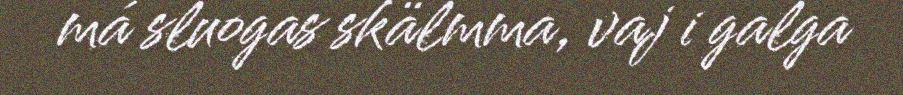
má sluogas skälmma, vaj i galga